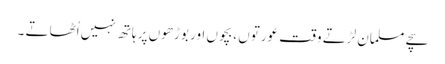
سچے مسلمان لڑتے وقت عورتوں ،بچوں اور بوڑھوں پر ہاتھ نہیں اُٹھاتے ۔